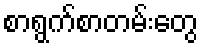
စာရွက်စာတမ်းတွေ